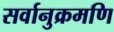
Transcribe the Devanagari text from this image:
सर्वानुक्रमणि